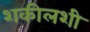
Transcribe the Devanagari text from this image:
शकीलशी